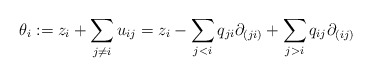
\begin{gather*}\theta_i:= z_i+ \sum_{j \not= i} u_{ij}=z_i-\sum_{j < i}q_{ji}\partial_{(ji)}+\sum_{j > i} q_{ij}\partial_{(ij)}\end{gather*}